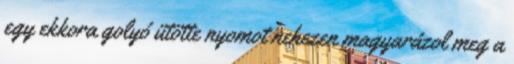
egy ekkora golyó ütötte nyomot nehezen magyarázol meg a